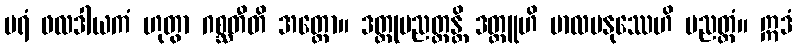
ပရံ ဖလဒါယကံ ဟုတွာ ဂစ္ဆတီတိ အတ္ထော။ ဒတ္တုပညတ္တန္တိ ဒတ္တူဟိ ဗာလမနုဿေဟိ ပညတ္တံ။ ဣဒံ